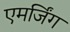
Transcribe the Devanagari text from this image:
एमर्जिंग